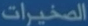
المثيرات